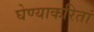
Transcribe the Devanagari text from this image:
घेण्याकरितां